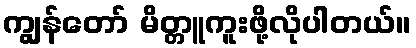
ကျွန်တော် မိတ္တူကူးဖို့လိုပါတယ်။